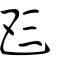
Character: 𠀧